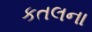
કતલના